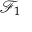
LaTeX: { \mathcal { F } } _ { 1 }